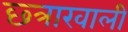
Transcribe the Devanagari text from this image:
छ्त्राखाली